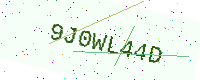
Text: 9J0WL44D